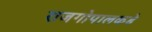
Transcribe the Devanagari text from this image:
राजगोपालकडे